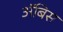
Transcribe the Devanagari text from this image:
ॲबिस